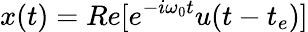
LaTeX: x(t)=Re[e^{-i\omega_{0}t}u(t-t_{e})]